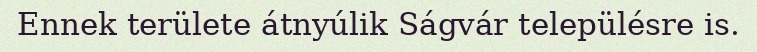
Ennek területe átnyúlik Ságvár településre is.